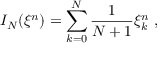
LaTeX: I _ { N } ( { \xi } ^ { n } ) = \sum _ { k = 0 } ^ { N } \frac { 1 } { N + 1 } { \xi } _ { k } ^ { n } \ ,